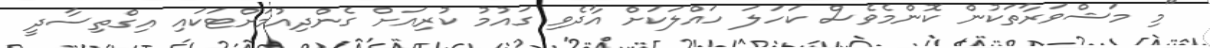
"މި މަޝްވަރާތަކުން ކޮންމެވެސް ކަހަލަ ހައްލަކަށް އާދެވި ގައުމު ކުރިއަށް ގެންދިއުމަށްޓަކައި އިގްތިސާދީ